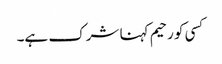
کسی کو رحیم کہنا شرک ہے۔